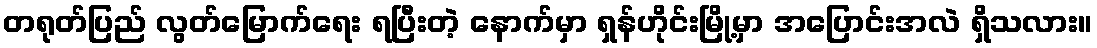
တရုတ်ပြည် လွတ်မြောက်ရေး ရပြီးတဲ့ နောက်မှာ ရှန်ဟိုင်းမြို့မှာ အပြောင်းအလဲ ရှိသလား။